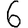
Digit: 6